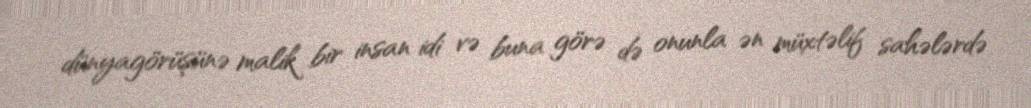
dünyagörüşünə malik bir insan idi və buna görə də onunla ən müxtəlif sahələrdə